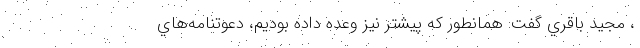
، مجيد باقري گفت: همانطور كه پيشتر نيز وعده داده بوديم، دعوتنامه‌هاي